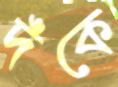
দঁকে